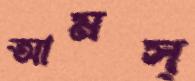
আমস্